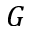
G